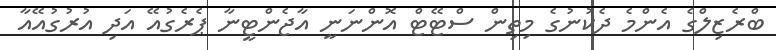
ބްރެޒިލްގެ އެންމެ ދެކުނުގެ މިތިން ސްޓޭޓް އޮންނަނީ އާޖެންޓީނާ ޕެރެގުއޭ އަދި އުރުގުއޭއާ